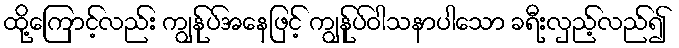
ထို့ကြောင့်လည်း ကျွန်ုပ်အနေဖြင့် ကျွန်ုပ်ဝါသနာပါသော ခရီးလှည့်လည်၍